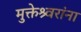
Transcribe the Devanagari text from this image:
मुक्तेश्र्वरांना